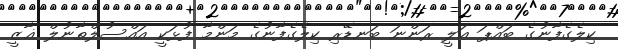
ކިލެގެފާނުގެ ބައްޕަ ޢަލީ ރަންނަ ބަނޑޭރި ކިލެގެފާނުގެ މަންމާ ފުޅަކީ އައްސުލްޠާނުލް ޣާޒީ